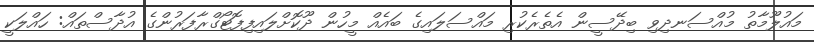
މައުލޫމާތު މުއްސަނދިވި ބިދޭސީން އެތެރެކުރި މައްސަލައިގެ ބައެއް މީހުން ދޫކޮށްލައިފިފޮޓޯގްރާފަރުންގެ އުދާސްތައް: ހައްލަކީ